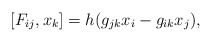
\begin{align*}\hspace{+5em} [F_{ij},x_k] = h(g_{jk}x_i - g_{ik}x_j),\end{align*}